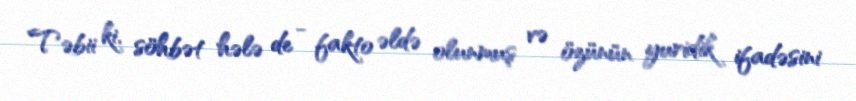
Təbii ki, söhbət hələ de - fakto əldə olunmuş və özünün yuridik ifadəsini